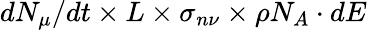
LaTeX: dN_{\mu}/dt\times L\times\sigma_{n\nu}\times\rho N_{A}\cdot dE